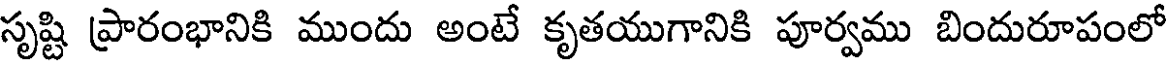
సృష్టి ప్రారంభానికి ముందు అంటే కృతయుగానికి పూర్వము బిందురూపంలో